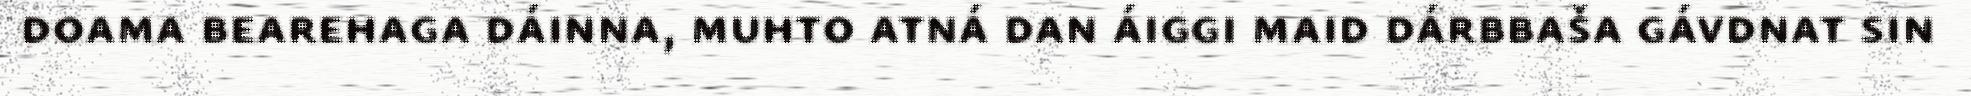
doama bearehaga dáinna, muhto atná dan áiggi maid dárbbaša gávdnat sin